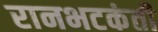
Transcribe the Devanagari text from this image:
रानभटकंती